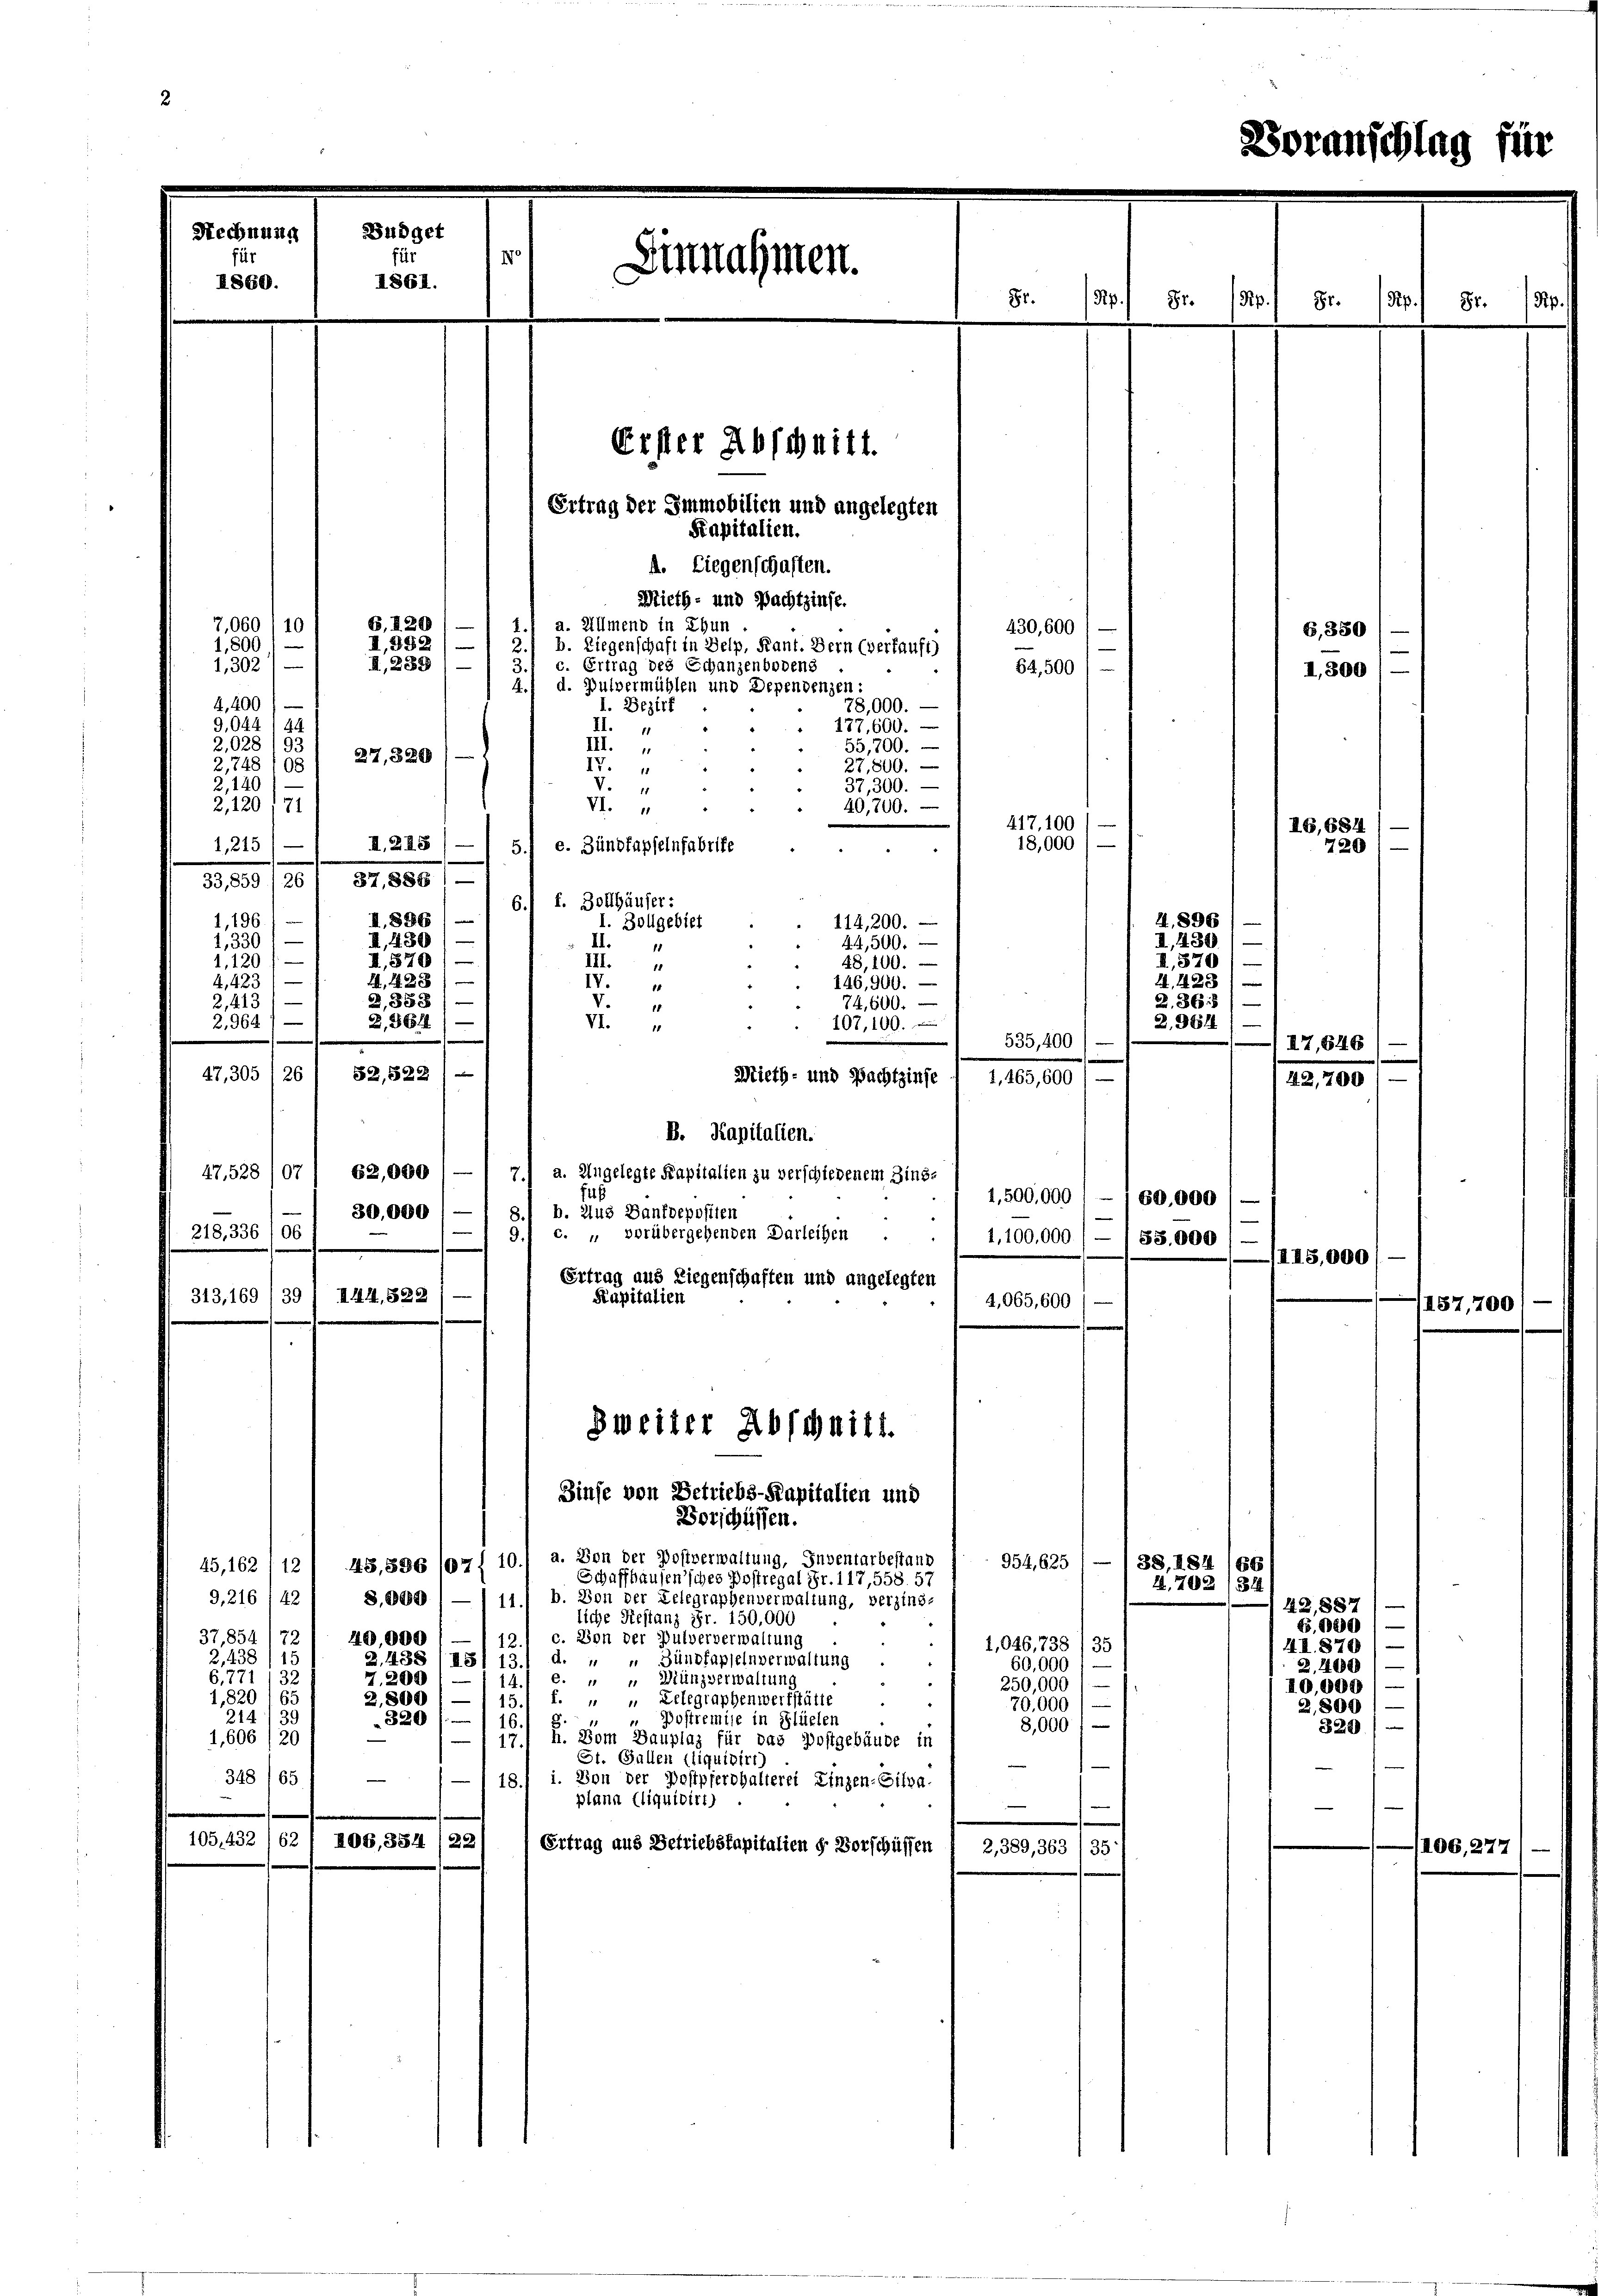
Büdget
Rechnung
170
Einnahmen.
1860.
1861.

A. Liegenschaften.
Mieth- und Pachtzinse.
1.) a. Allmend in Chun
7,060/10.
1,800 / —
2./ b. Liegenschaft in Delp, Kant. Bern (Verkauft)
II., 289 (— / 3.1 c. Ertrag des Schanzenbodens
1,302) —
4. d. Pulvermühlen und Dependenzen:
4,400 f
I. Bezirk
78,000.
9,044 1 44
137,600.
II.
2,028 193
55,700. —
III. „
27,320
2,748100
27,800.
IV.
V.
2,140
37,300.
VI.
2,120/71
40,700.
1,215) — 1 II 248
5.) e. Zündfapfelnfabrike
33,859/26 1 37, 888 1
6. f. Zollhäuser:
I. 896/
1,196.
114,200.
I. Zollgebiet
I, 430 / —
1,330 / —
II.
44,500.
1
II,870)
1,120/
48,100.
III. 1
n
1, 438
4,423 / —
IV.
146,900. —
2,358) —
2,413
74,600.
V.
2,964)
2,8614)
VI.
107, 100.
.
|
52,522
47,305 26
Mieth- und Pachtzinse / 1,465,600
B. Kapitalien.
47. 528 /07/ 62,000) —
a. Angelegte Kapitalien zu verschiedenem Zinse
7.)
fus
b. Zug Banfoepostien
30,000
218, 336 106:
—19.1 c. „ vorübergehenden Darleihen . . / 1,100,000 / — /55.000
Ertrag aus Liegenschaften und angelegten
313,169/39 / 144. 522
Kapitalien
Zweiter Abschnitt.
Zinse von Betriebs-Kapitalien und
Vorschüssen.
45,162 (12, 45,886 107) 10.) a. Von der Postverwaltung, Inventarbestand
954,625
Schaffhausensches Postregal Fr. 117,558. 57
9,216 /42 / 8.000 / — 1 111 b. Von der Telegraphenverwaltung, verzins-
liche Restanz Fr. 150,000
37,854 (72
40,000
12.1 c. Von der Pulververwaltung
1,046,733 (35
2,438/15
2, 438 (151 13. d. „ „ Zündfapselnverwaltung
60,000
6,771/32
7.200
14. e. " " Wünzverwaltung
250,000) —
1,820 165
2,800 / — 1 15.1 f. „ „ Lelegraphenwerkstätte
70,000)
214/3
320 (16.
 " Postremise in Flüelen
8,000 f
1,606/20
—117. H. Vom Bauplaz für das Postgebäude in
St. Gallen (liquibirt)
348 (65
18) i. Von der Postpferhalterei Einzen-Cilva-
plana Eliquidirt)
e
105. 432 162 ( 106, 384 /22
Ertrag aus Betriebskapitalien d. Vorschüssen
2,389, 363 /35:

B,120
II,952

Erster Abschnitt.
Ertrag der Immobilien und angelegten
Kapitalien.

81.
Rp

430, 600
64,500)

417. 100
18,000

1,500,000 : — 1 60,000
4,065,600

38, 184
A.702

535,400

85 Rp.
Br. Rp.

4. 896
II., 430
II.570
24. 428
2. 86
2.9414

G,350
I,300

7.

II5,

IG,684
720

6

81.

187,700

,27